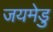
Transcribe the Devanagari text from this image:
जयमेडु